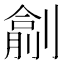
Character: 𠟖